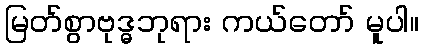
မြတ်စွာဗုဒ္ဓဘုရား ကယ်တော် မူပါ။